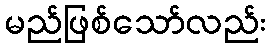
မည်ဖြစ်သော်လည်း